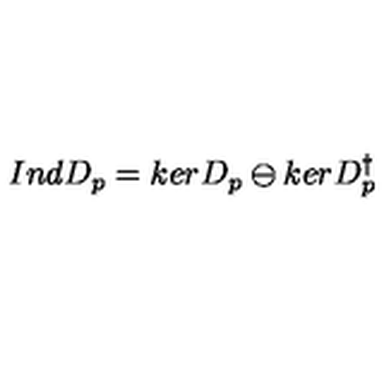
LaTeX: I n d D _ { p } = k e r D _ { p } \ominus k e r D _ { p } ^ { \dagger }